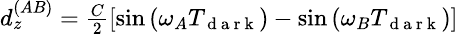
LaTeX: \begin{array}{r}{\small d_{z}^{(AB)}=\frac{C}{2}\left[\sin\left(\omega_{A}T_{\mathrm{~d~a~r~k~}}\right)-\sin\left(\omega_{B}T_{\mathrm{~d~a~r~k~}}\right)\right]\, }\end{array}